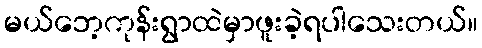
မယ်ဘေ့ကုန်းရွာထဲမှာဖူးခဲ့ရပါသေးတယ်။